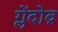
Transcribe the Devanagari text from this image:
ग्लेंदोव्र